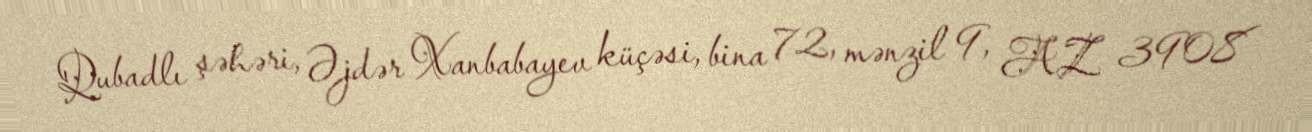
Qubadlı şəhəri, Əjdər Xanbabayev küçəsi, bina 72, mənzil 9, AZ 3908